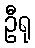
ဦရု